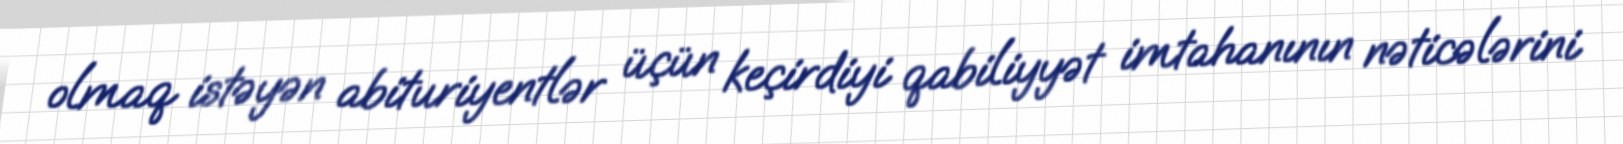
olmaq istəyən abituriyentlər üçün keçirdiyi qabiliyyət imtahanının nəticələrini